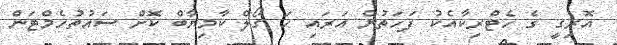
އޮރިގީ ގެ ހެޓްރިކާއެކު ފަހަތުން އަރައި ހަ ގޯލް ކާމިޔާބް ކޮށް ސައުތުހެމްޓަން